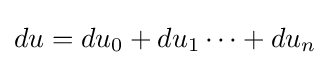
du=du_{0}+du_{1}\cdots +du_{n}